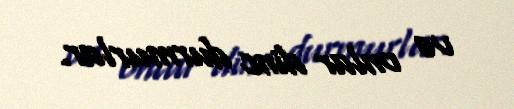
və onlar dinc durmurlar.